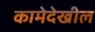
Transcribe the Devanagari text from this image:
कामेदेखील